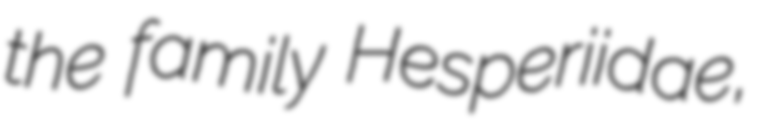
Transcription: the family Hesperiidae,